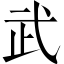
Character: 武